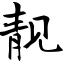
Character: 靓